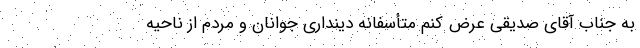
به جناب آقای صدیقی عرض کنم متأسفانه دینداری جوانان و مردم از ناحیه